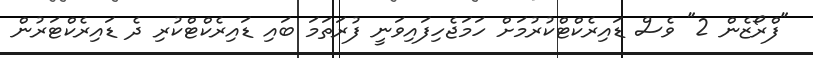
"ފްރޯޒެން 2" ވެސް ޑައިރެކްޓްކުރުމަށް ހަމަޖެހިފައިވަނީ ފުރަތަމަ ބައި ޑައިރެކްޓްކުރި ދެ ޑައިރެކްޓަރުން